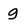
Character: g